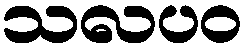
သလပဝ